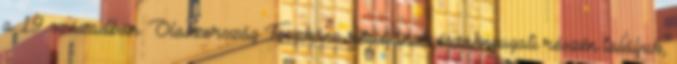
a 19. században. Olaszország Toszkána régiójának északnyugati részén találjuk,